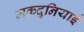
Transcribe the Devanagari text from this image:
मकदुनियाई